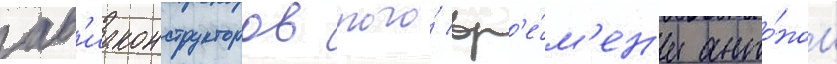
ав'иаконструкторов того́ вр'е́м'ен'и анто́ном